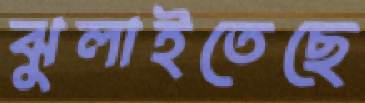
ঝুলাইতেছে